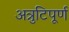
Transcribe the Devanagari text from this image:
अत्रुटिपूर्ण